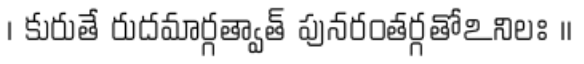
। కురుతే రుదమార్గత్వాత్ పునరంతర్గతోఽనిలః ।।